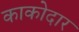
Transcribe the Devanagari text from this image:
काकोदार